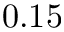
0 . 1 5